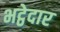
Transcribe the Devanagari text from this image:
भट्ठेदार